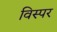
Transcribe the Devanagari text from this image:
विस्पर